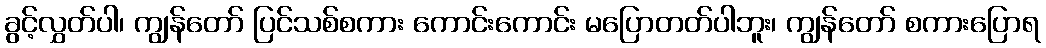
ခွင့်လွှတ်ပါ၊ ကျွန်တော် ပြင်သစ်စကား ကောင်းကောင်း မပြောတတ်ပါဘူး၊ ကျွန်တော် စကားပြောရ